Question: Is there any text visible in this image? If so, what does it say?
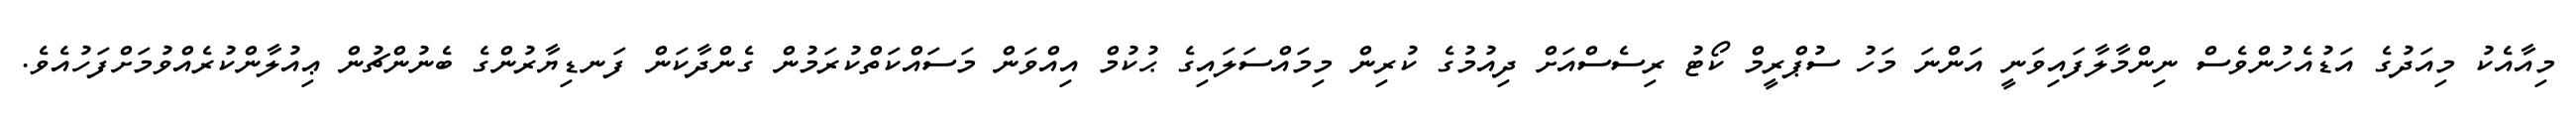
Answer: މިއާއެކު މިއަދުގެ އަޑުއެހުންވެސް ނިންމާލާފައިވަނީ އަންނަ މަހު ސުޕްރީމް ކޯޓު ރިސެސްއަށް ދިއުމުގެ ކުރިން މިމައްސަލައިގެ ޙުކުމް އިއްވަން މަސައްކަތްކުރަމުން ގެންދާކަން ފަނޑިޔާރުންގެ ބެނުންޗުން ޢިއުލާންކުރެއްވުމަށްފަހުއެވެ.